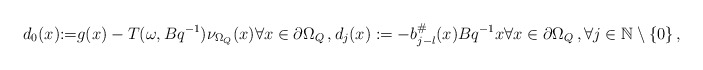
\begin{align*} d_0(x){:=} g(x)-T(\omega,Bq^{-1})\nu_{\Omega_Q}(x) \forall x \in \partial \Omega_Q\, ,d_j(x) :=-b^\#_{j-l}(x)Bq^{-1}x \forall x \in \partial \Omega_Q \, , \forall j \in \mathbb{N}\setminus \{0\}\, ,\end{align*}